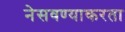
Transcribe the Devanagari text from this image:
नेसवण्याकरता